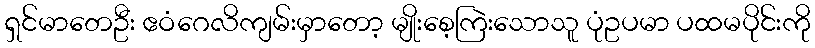
ရှင်မာတေဦး ဧဝံဂေလိကျမ်းမှာတော့ မျိုးစေ့ကြဲးသောသူ ပုံဥပမာ ပထမပိုင်းကို